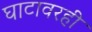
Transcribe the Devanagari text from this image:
घाटावरही